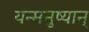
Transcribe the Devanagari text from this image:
यन्मनुष्यान्